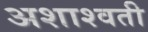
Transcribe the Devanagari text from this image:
अशाश्वती